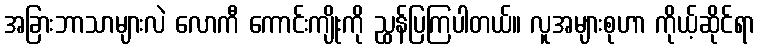
အခြားဘာသာများလဲ လောကီ ကောင်းကျိုးကို ညွှန်ပြကြပါတယ်။ လူအများစုဟာ ကိုယ့်ဆိုင်ရာ